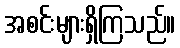
အစင်းများရှိကြသည်။